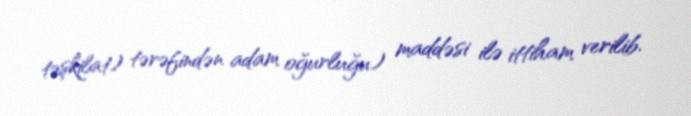
təşkilat) tərəfindən adam oğurluğu) maddəsi ilə ittiham verilib.